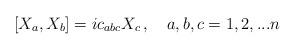
LaTeX: \begin{align*}[X_a , X_b ]=ic_{abc}X_c\,, \quad a,b,c=1,2,...n\end{align*}